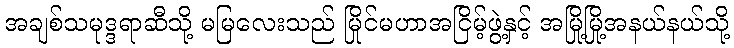
အချစ်သမုဒ္ဒရာဆီသို့ မမြလေးသည် မြိုင်မဟာအငြိမ့်ဖွဲ့နှင့် အမြို့မြို့အနယ်နယ်သို့